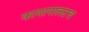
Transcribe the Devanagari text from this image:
कायापालटच